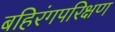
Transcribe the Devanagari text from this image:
बहिरंगपरिक्षण